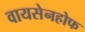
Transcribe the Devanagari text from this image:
वायसेनहोफ